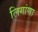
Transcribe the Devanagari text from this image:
लिगांणा